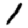
Digit: 1